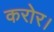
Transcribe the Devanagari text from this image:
करोर।